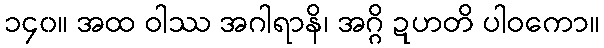
၁၄၀။ အထ ဝါဿ အဂါရာနိ၊ အဂ္ဂိ ဍဟတိ ပါဝကော။